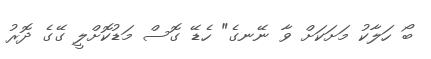
ބޯ ހަލާކު މަށަކަށް ވާ ނޭނގެ" ހެޑޭ ގޮސް މަޑުކޮށްލީ ގޭގެ ދޮރު